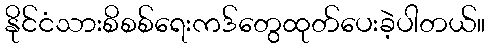
နိုင်ငံသားစိစစ်ရေးကဒ်တွေထုတ်ပေးခဲ့ပါတယ်။